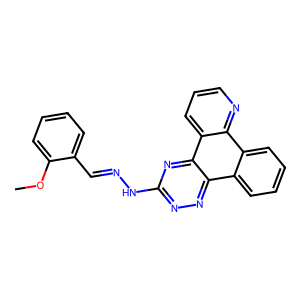
SMILES: COc1ccccc1C=NNc1nnc2c3ccccc3c3ncccc3c2n1
Inhibits HIV replication: No